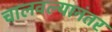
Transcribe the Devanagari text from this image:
चालवल्यानंतर